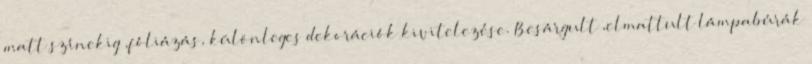
matt színekig ,fóliázás, különleges dekorációk kivitelezése. Besárgult ,elmattult lámpabúrák